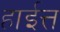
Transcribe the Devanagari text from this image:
हाईत्त